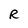
Character: R